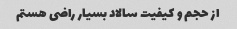
از حجم و کیفیت سالاد بسیار راضی هستم